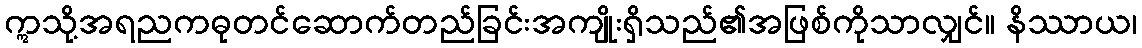
ဣသို့အရညကဓုတင်ဆောက်တည်ခြင်းအကျိုးရှိသည်၏အဖြစ်ကိုသာလျှင်။ နိဿာယ၊